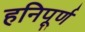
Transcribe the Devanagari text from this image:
हनिपूर्ण